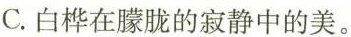
C.白桦在朦胧的寂静中的美。